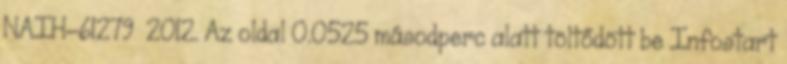
NAIH-61279 2012. Az oldal 0.0525 másodperc alatt töltődött be Infostart